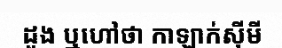
ដួង ឬហៅថា កាឡាក់ស៊ីមី